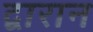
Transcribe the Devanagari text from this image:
द्वारान